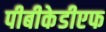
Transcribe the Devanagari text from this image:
पीबीकेडीएफ